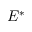
E ^ { * }